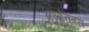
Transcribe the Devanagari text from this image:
एस्पेरागस